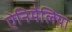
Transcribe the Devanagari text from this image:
ऐनिमैलिया